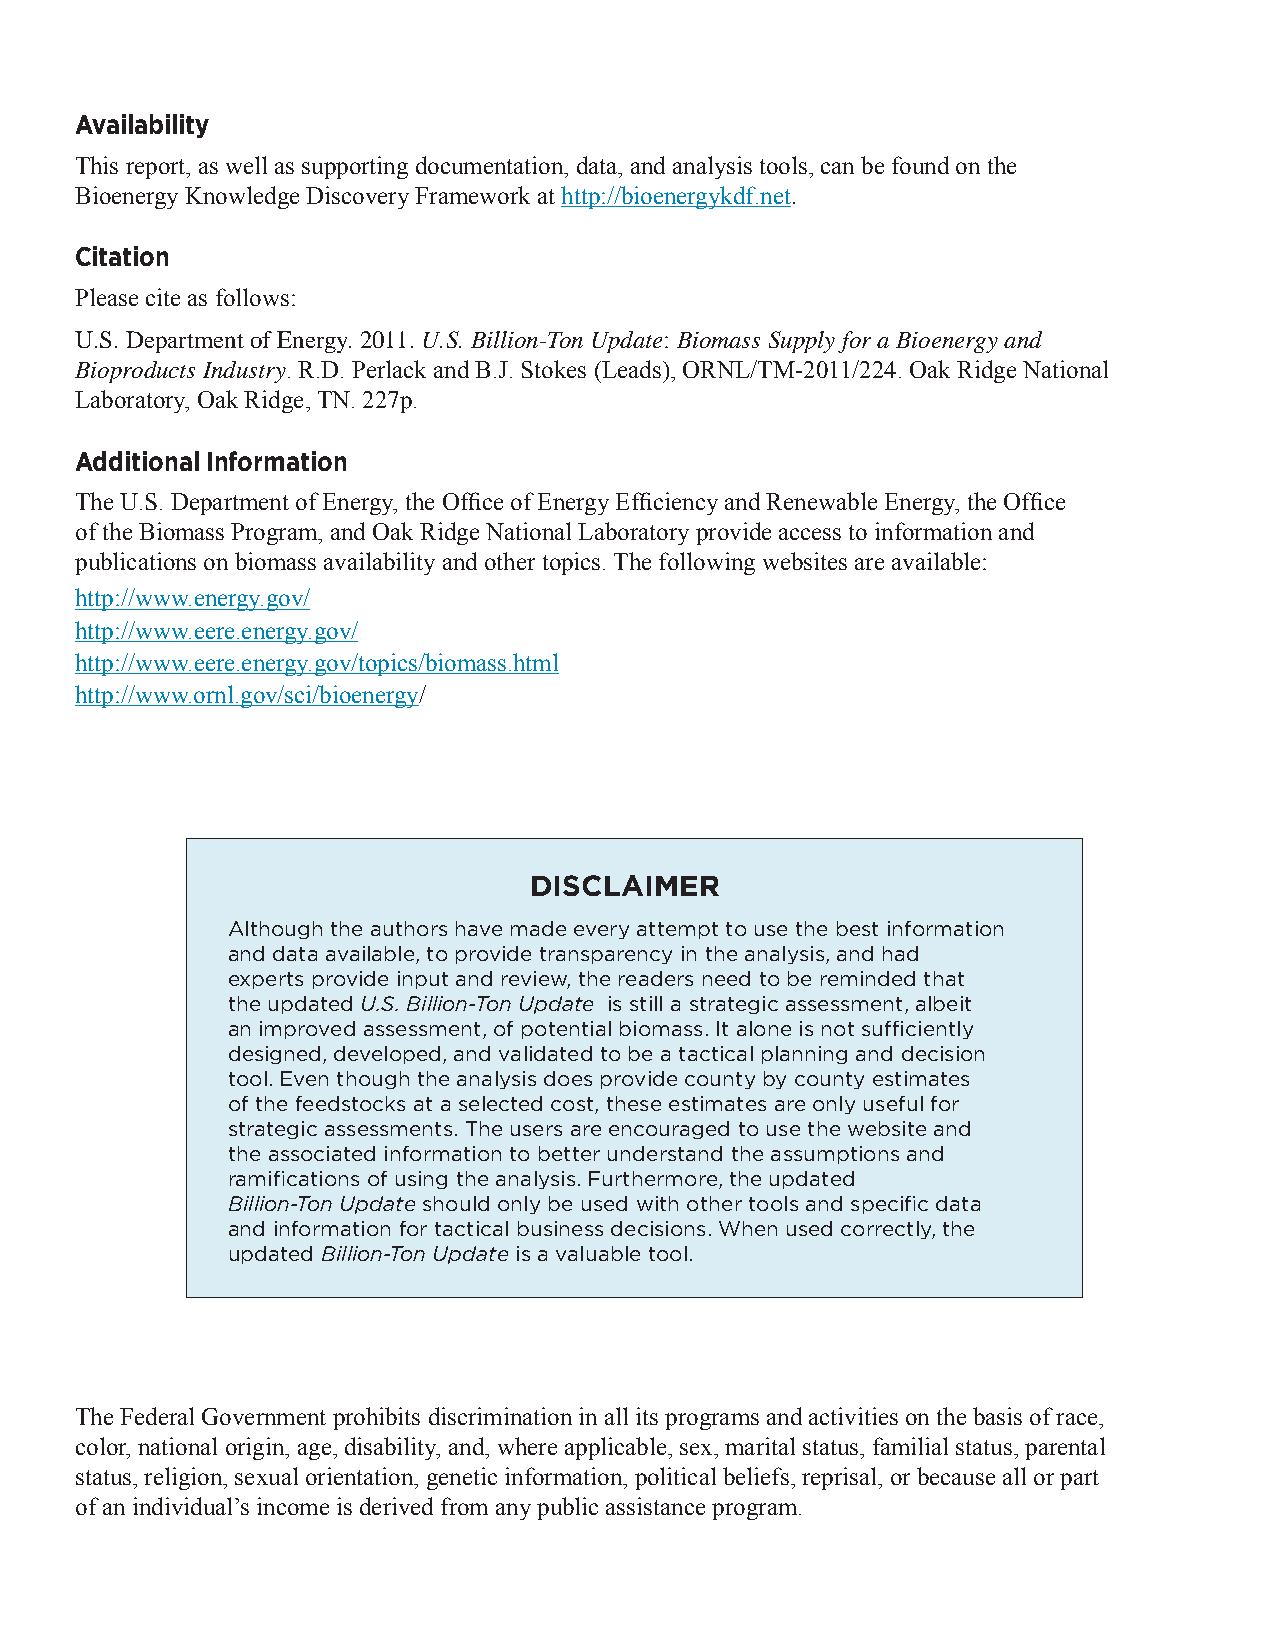
Availability
 This report, as well as supporting documentation, data, and analysis tools, can be found on the
 Bioenergy Knowledge Discovery Framework at http://bioenergykdf.net.
 Citation
 Please cite as follows:
 U.S. Department of Energy. 2011. U.S. Billion-Ton Update: Biomass Supply for a Bioenergy and
 Bioproducts Industry. R.D. Perlack and B.J. Stokes (Leads), ORNL/TM-2011/224. Oak Ridge National
 Laboratory, Oak Ridge, TN. 227p.
 Additional Information
 The U.S. Department of Energy, the Office of Energy Efficiency and Renewable Energy, the Office
 of the Biomass Program, and Oak Ridge National Laboratory provide access to information and
 publications on biomass availability and other topics. The following websites are available:
 http://www.energy.gov/
 http://www.eere.energy.gov/
 http://www.eere.energy.gov/topics/biomass.html
 http://www.ornl.gov/sci/bioenergy/
 DISCLAIMER
 Although the authors have made every attempt to use the best information
 and data available, to provide transparency in the analysis, and had
 experts provide input and review, the readers need to be reminded that
 the updated U.S. Billion-Ton Update is still a strategic assessment, albeit
 an improved assessment, of potential biomass. It alone is not sufficiently
 designed, developed, and validated to be a tactical planning and decision
 tool. Even though the analysis does provide county by county estimates
 of the feedstocks at a selected cost, these estimates are only useful for
 strategic assessments. The users are encouraged to use the website and
 the associated information to better understand the assumptions and
 ramifications of using the analysis. Furthermore, the updated
 Billion-Ton Update should only be used with other tools and specific data
 and information for tactical business decisions. When used correctly, the
 updated Billion-Ton Update is a valuable tool.
 The Federal Government prohibits discrimination in all its programs and activities on the basis of race,
 color, national origin, age, disability, and, where applicable, sex, marital status, familial status, parental
 status, religion, sexual orientation, genetic information, political beliefs, reprisal, or because all or part
 of an individual’s income is derived from any public assistance program.